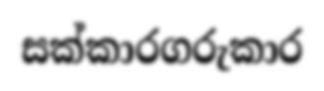
සක්කාරගරුකාර